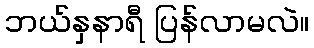
ဘယ်နှနာရီ ပြန်လာမလဲ။